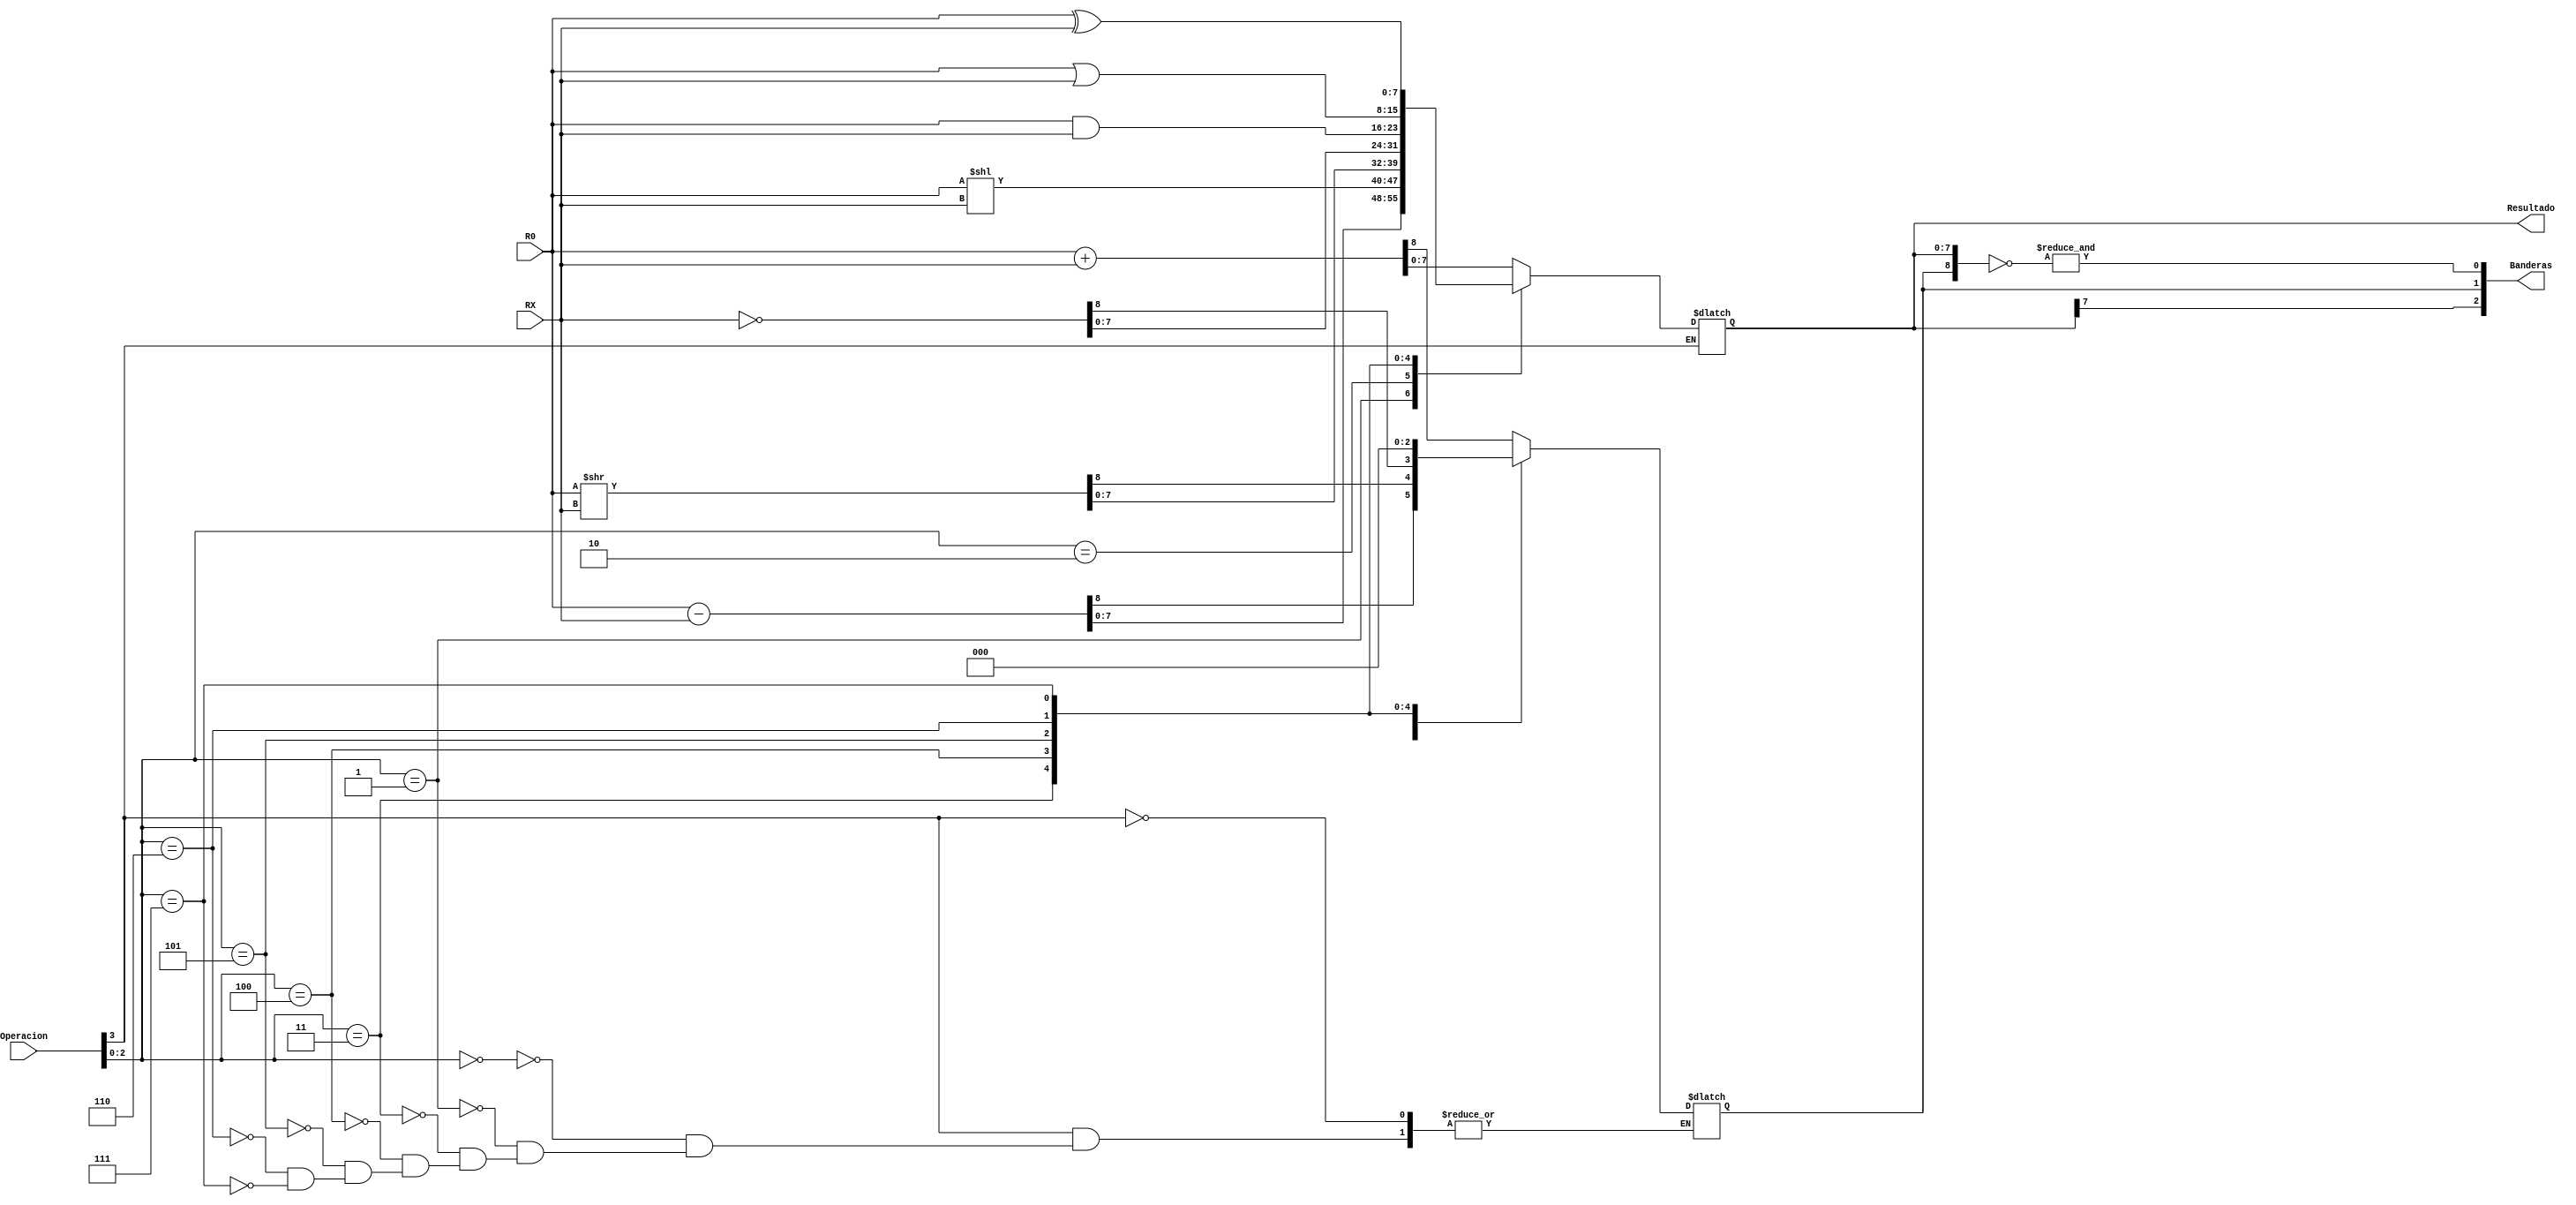
module ALU(
input [7:0] RX,
input [7:0] R0,
input [3:0] Operacion,
output [7:0] Resultado,
output [2:0] Banderas);

reg [8:0] AResultado =0;

always@(RX,Operacion)
begin
    if (Operacion[3] == 1) begin
        case (Operacion[2:0])
            3'b000: begin 
                AResultado <= R0 + RX;
            end
            3'b001: begin 
                AResultado <= R0 - RX; 
            end
            3'b010: begin 
                AResultado[7:0] <= R0 << RX; 
            end
            3'b011: begin 
                AResultado <= R0 >> RX; 
            end
            3'b100: begin 
                AResultado <= ~ RX; 
            end
            3'b101: begin 
                AResultado <= R0 & RX; 
            end
            3'b110: begin 
                AResultado <= R0 | RX; 
            end
            3'b111: begin 
                AResultado <= R0 ^ RX;
            end
        endcase
    end
    else begin
        AResultado <= AResultado;
    end   
end 
    assign Resultado = AResultado[7:0];   
    assign Banderas[0] = &(~AResultado);
    assign Banderas[1] = AResultado[8];
    assign Banderas[2] = AResultado[7];  
endmodule